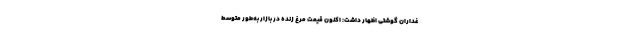
غداران گوشتی اظهار داشت: اکنون قیمت مرغ زنده در بازار به‌طور متوسط